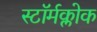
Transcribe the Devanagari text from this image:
स्टॉर्मक्लोक